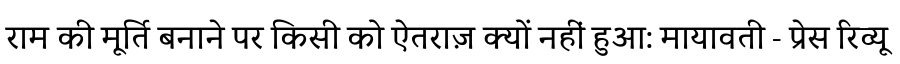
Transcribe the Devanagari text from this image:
राम की मूर्ति बनाने पर किसी को ऐतराज़ क्यों नहीं हुआ: मायावती - प्रेस रिव्यू